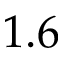
1 . 6